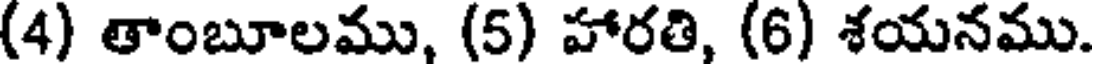
(4) తాంబూలము, (5) హారతి, (6) శయనము.